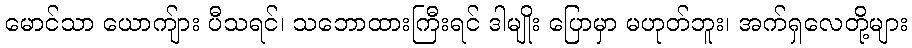
မောင်သာ ယောကျ်ား ပီသရင်၊ သဘောထားကြီးရင် ဒါမျိုး ပြောမှာ မဟုတ်ဘူး၊ အက်ရှလေတို့များ